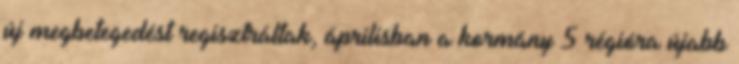
új megbetegedést regisztráltak, áprilisban a kormány 5 régióra újabb